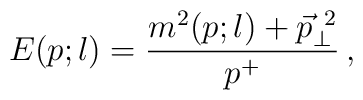
E(p;l) = \frac{m^2(p;l)+\vec{p}_{\perp}^{\ 2}} {p^+}\,,